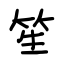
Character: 笙